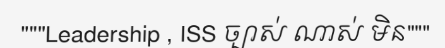
"""Leadership , ISS ច្បាស់ ណាស់ មិន"""